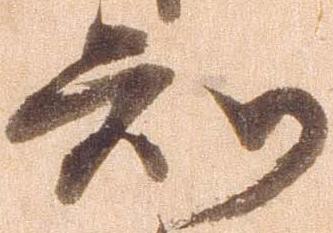
知